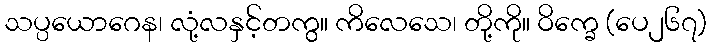
သပ္ပယောဂေန၊ လုံ့လနှင့်တကွ။ ကိလေသေ၊ တို့ကို။ ဝိက္ခေ (ပေ၂၆၇)